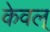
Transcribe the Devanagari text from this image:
केवल्